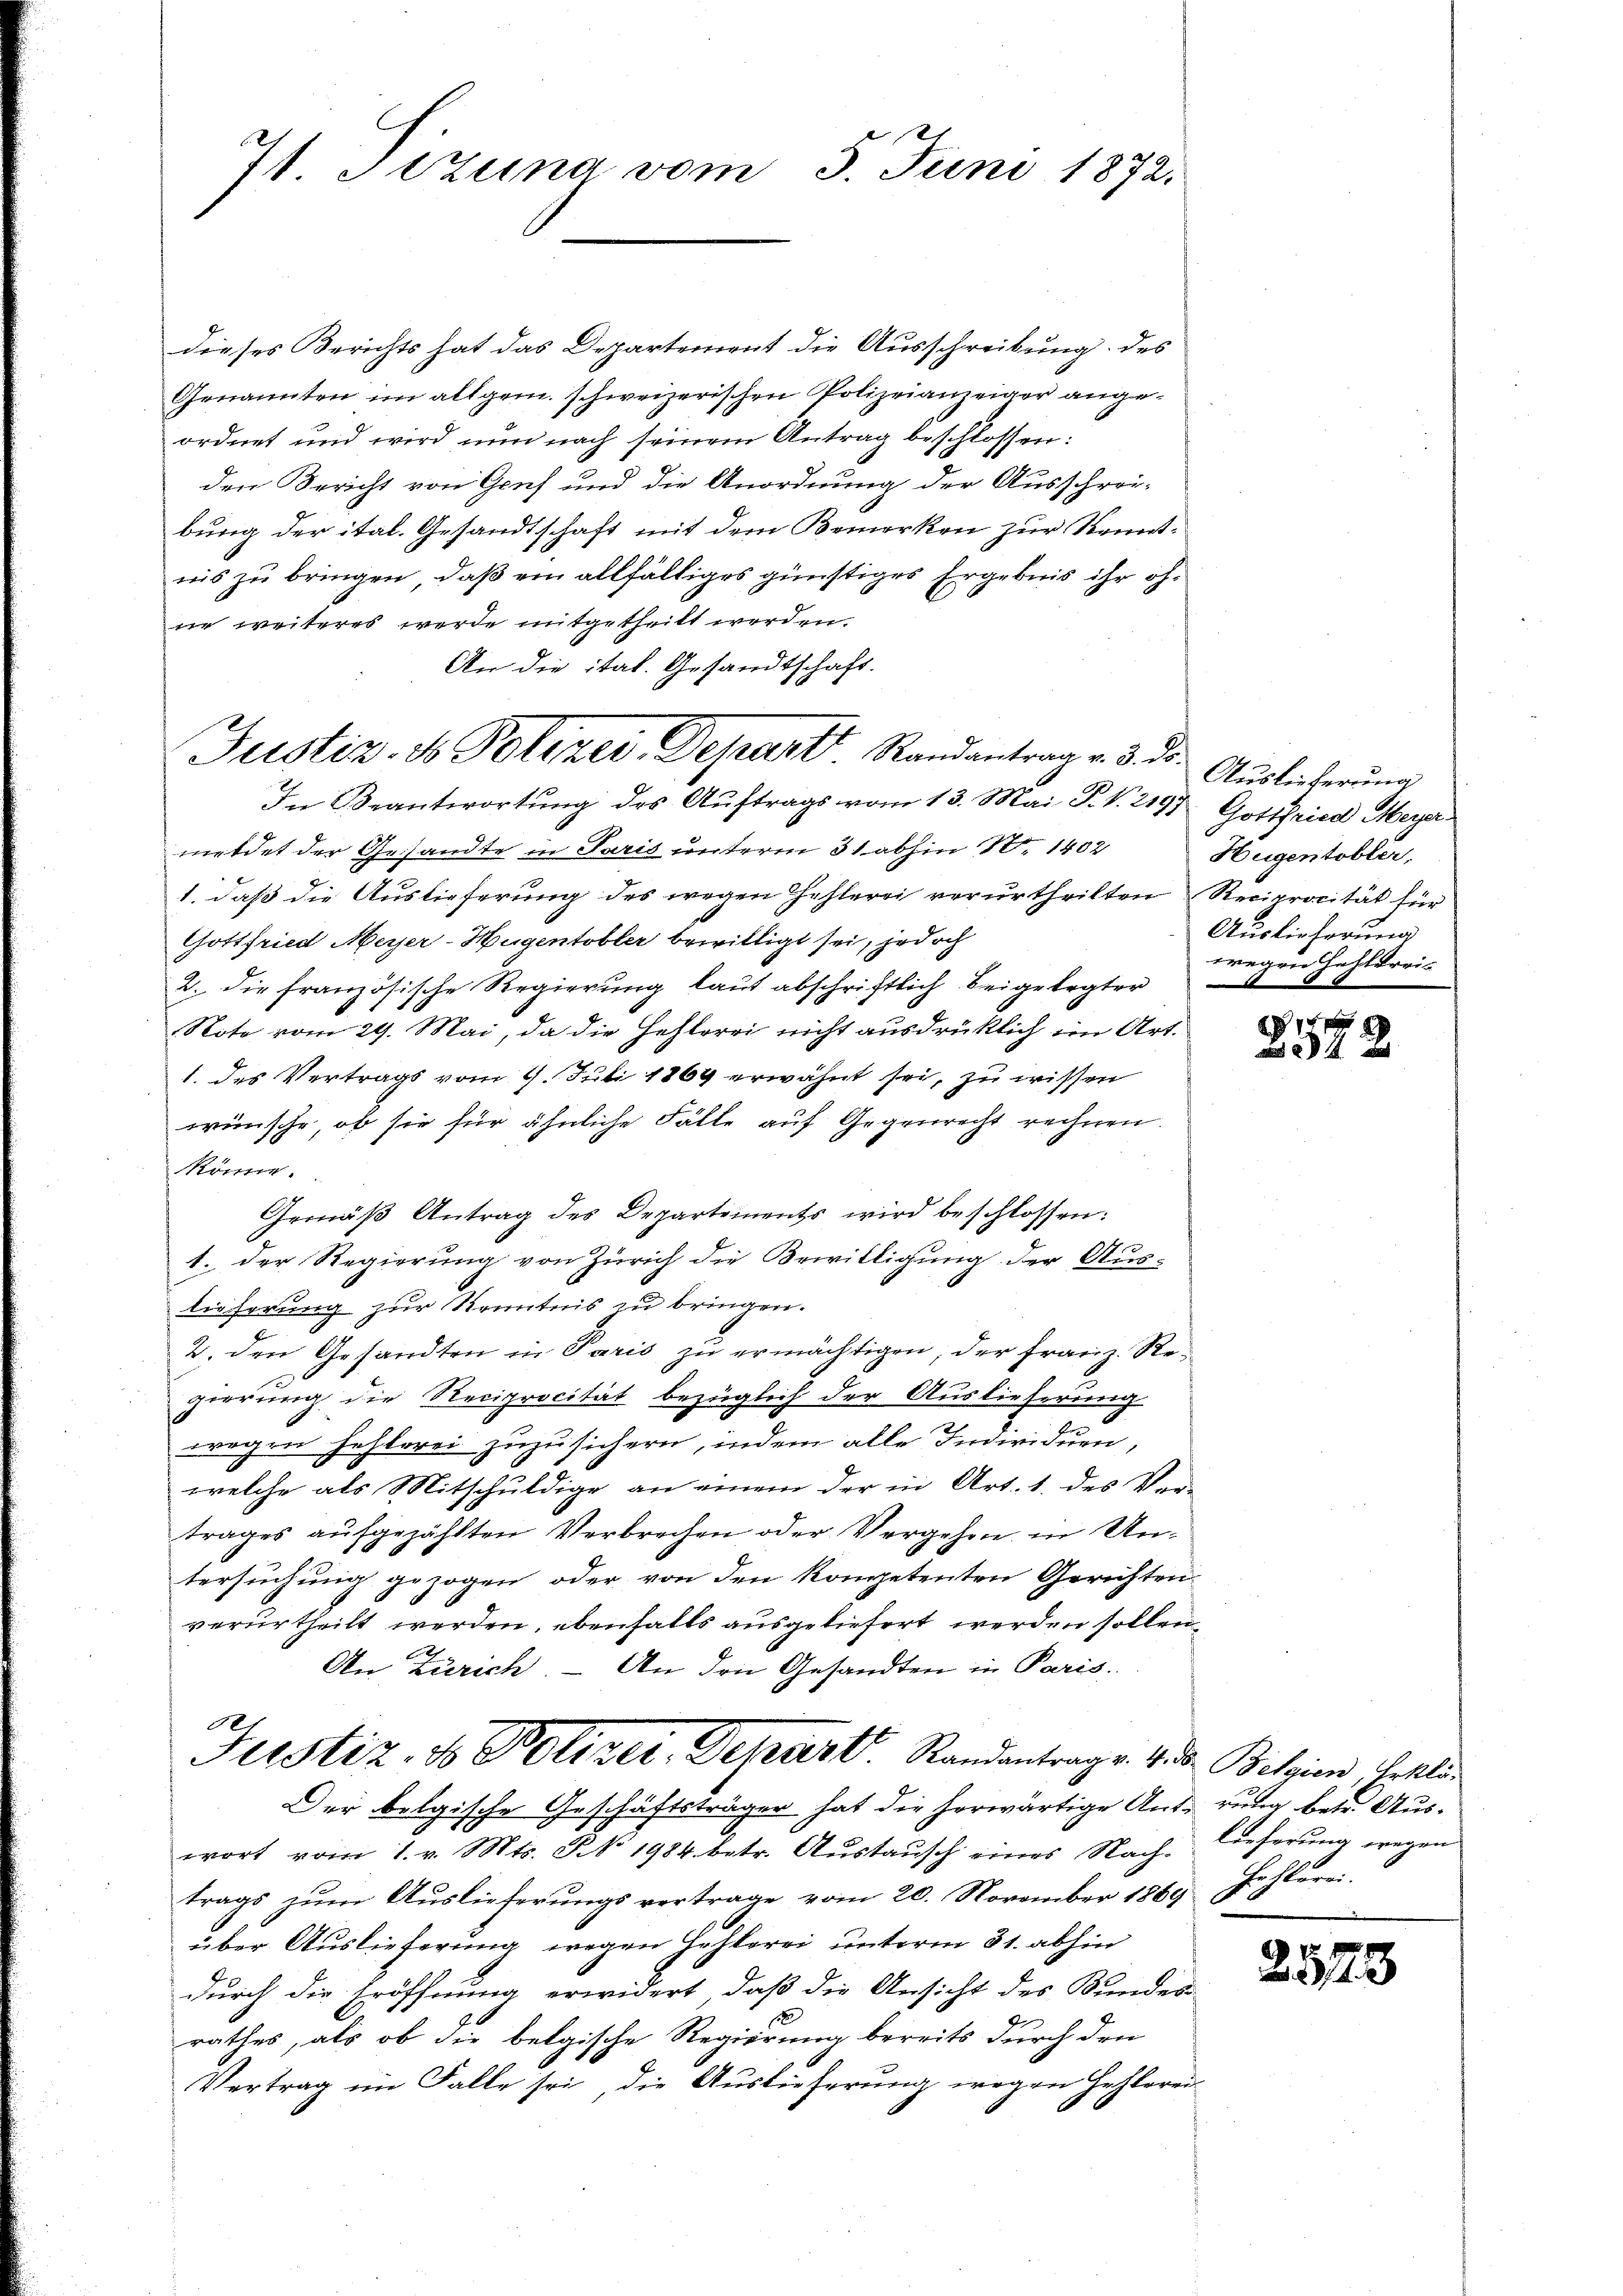
C
7t. Sizung vom 3. Juni 1872.

dieses Berichts hat das Departement die Ausschreibung des
Genannten im allgem. schweizerischen Polizeianzeiger angeordnet und wird nun nach seinem Antrag beschlossen:
den Bericht von Gruf und die Anordnung der Ausschrei-
bung der ital. Gesandtschaft mit dem Bemerken zur Kenntnis zu bringen, daß ein allfälliges günstiges Ergebnis ihr öfne weiteres werde mitgetheilt werden.
An die ital. Gesandtschaft.
meldet der Gesandte in Paris unterm 31 abhin N. 1402
1. daß die Auslieferung des wegen Zahlerei verurtheilten Reciprocität für
Gottfried Meyer-Hugentobler bewilligt sei, jedoch
2. die französische Regierung laut abschriftlich beigelegter
Note vom 29. Mai, da die Hehlerei nicht ausdrücklich im Art.
1. des Vertrags vom 9. Juli 1869 erwähnt sei, zu wissen
wünsche, ob sie für ähnliche Fälle auf Gegenrecht rechnen.
könne.
Gemäβ Antrag des Departements wird beschlossen:
1. Der Regierung von Zürich die Bewilligung der Aus-
lieferung zur Kenntnis zu bringen.
2. den Gesandten in Paris zu ermächtigen, der franz. Regierung die Reciprocität bezüglich der Auslieferung
wegen Fehlerei zuzusichern, indem alle Individuen
welche als Mitschuldige an einem der in Art. 1. des Vertrages aufgezählten Verbrechen oder Vergehen in Untersuchung gezogen, oder von den kompetenten Gerichten
verurtheilt werden, ebenfalls ausgeliefert werden sollen.
An Zürich. – An den Gesandten in Paris.
0
Justiz- & Polizei-Depart. Randantrage. Vide Belgien, Erklä¬
Der belgische Geschäftsträger hat die herwärtige Antrung betr. Auswort vom 1. v. Mts. § 1984. betr. Aŭstaŭsch eines Nach- Lieferŭng wegen
trags zum Auslieferungsvertrage vom 20. November 1869
über Auslieferung wegen Hehlerei unterm 31. abhin
durch die Eröffnung erwidert, daß die Ansicht des Bundes-
rathes, als ob die belgische Regierung bereits durch den
Vertrag im Falle sei, die Auslieferung wegen Hehlerei-

Justiz- & Polizei. Depart Randantrag v. 3. ds. Auslicherŭng
In Beantwortŭng des Aŭftrags vom 13. Mai P. V. 2197 Gottfried Meyer

Hugentobler,
Auslieferung
wegen Fahlkreis

14 f 2

hohlerei.

2573